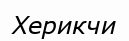
Херикчи